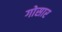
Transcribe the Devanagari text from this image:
गोसार